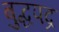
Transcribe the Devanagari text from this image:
बुद्धपद्र